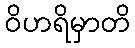
ဝိဟရိမှာတိ